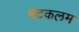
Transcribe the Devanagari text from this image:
भेटकलम